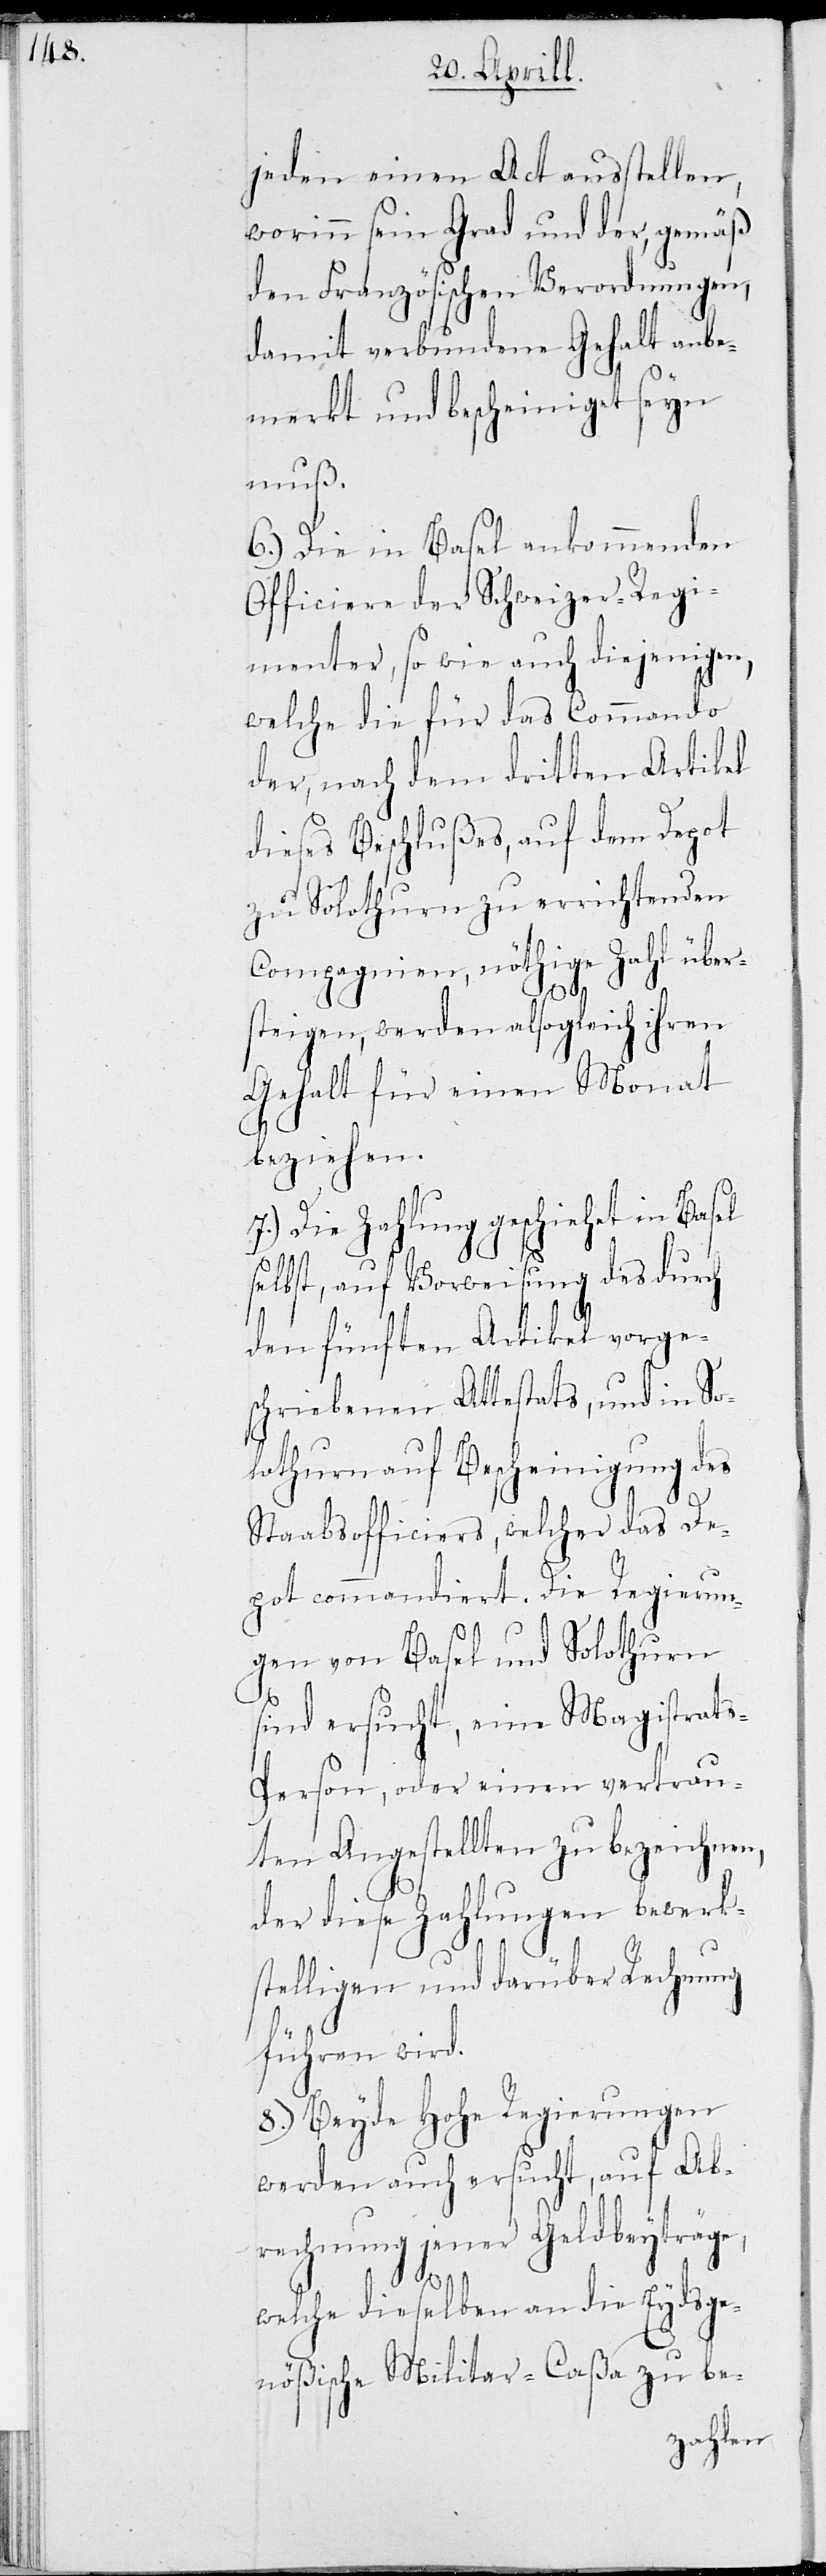
jeden einen Act ausstellen,
worinn sein Grad und der, gemäß
den Französischen Verordnungen,
damit verbundene Gehalt anbe¬
merkt und bescheiniget seyn
muß.
6.) Die in Basel ankommenden
Officiere der Schweizer-Regi¬
menter, so wie auch diejenigen,
welche die für das Commando
der, nach dem dritten Artikel
dieses Beschlußes, auf dem Depot
zu Solothurn zu errichtenden
Compagnien, nöthige Zahl über¬
steigen, werden alsogleich ihren
Gehalt für einen Monat
beziehen.
7.) Die Zahlung geschieht in Basel
selbst, auf Vorweisung des durch
den fünften Artikel vorge¬
schriebenen Attestats, und in So¬
lothurn auf Bescheinigung des
Staabsofficiers, welcher das De¬
pot commandiert. Die Regierun¬
gen von Basel und Solothurn
sind ersucht, eine Magistrat¬
s-Person, oder einen vertrau¬
ten Angestellten zu bezeichnen,
der diese Zahlungen bewerk¬
stelligen und darüber Rechnung
führen wird.
8.) Beyde Hohen Regierungen
werden auch ersucht, auf Ab¬
rechnung jener Geldbeyträge,
welche dieselben an die Eydsge¬
nößische Militar-Caßa zu be-